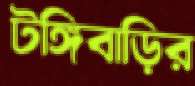
টঙ্গিবাড়ির